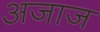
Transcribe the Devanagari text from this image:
अजाज